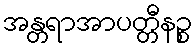
အန္တရာအာပတ္တီနဉ္စ